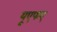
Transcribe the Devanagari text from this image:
यूएफए